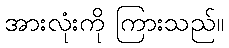
အားလုံးကို ကြားသည်။